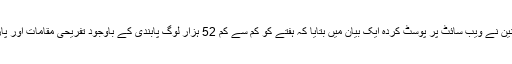
ماسکو کے میئر سوبیانین نے ویب سائٹ پر پوسٹ کردہ ایک بیان میں بتایا کہ ہفتے کو کم سے کم 52 ہزار لوگ پابندی کے باوجود تفریحی مقامات اور پارکوں کی طرف نکلے۔